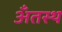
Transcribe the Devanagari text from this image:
अँतस्थ